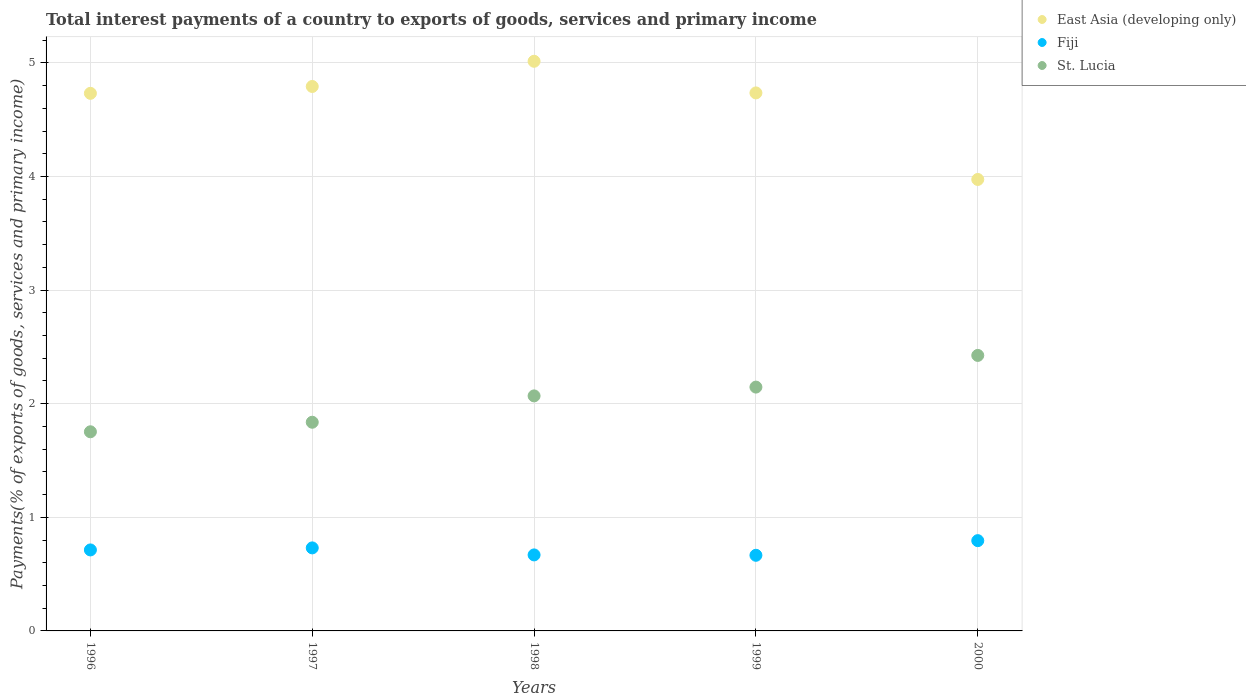
| Years | East Asia (developing only) | Fiji | St. Lucia |
 | --- | --- | --- | --- |
 | 1996 | 4.73 | 0.713 | 1.75 |
 | 1997 | 4.79 | 0.731 | 1.84 |
 | 1998 | 5.01 | 0.669 | 2.07 |
 | 1999 | 4.74 | 0.666 | 2.15 |
 | 2000 | 3.97 | 0.795 | 2.43 |